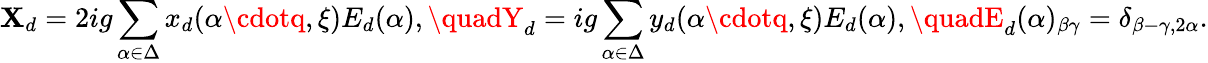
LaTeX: \mathbf{X}_{d}=2ig\sum_{\alpha\in\Delta}x_{d}(\alpha\cdotq,\xi)E_{d}(\alpha),\quadY_{d}=ig\sum_{\alpha\in\Delta}y_{d}(\alpha\cdotq,\xi)E_{d}(\alpha),\quadE_{d}(\alpha)_{\beta\gamma}=\delta_{\beta-\gamma,2\alpha}.